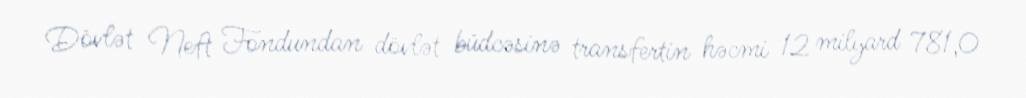
Dövlət Neft Fondundan dövlət büdcəsinə transfertin həcmi 12 milyard 781,0